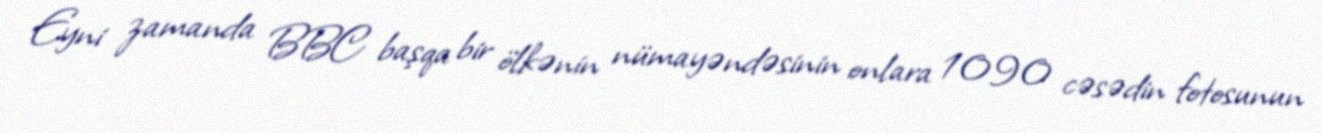
Eyni zamanda BBC başqa bir ölkənin nümayəndəsinin onlara 1090 cəsədin fotosunun